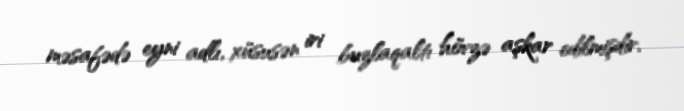
məsafədə eyni adlı, xüsusən iri buzlaqaltı hövzə aşkar edilmişdir.